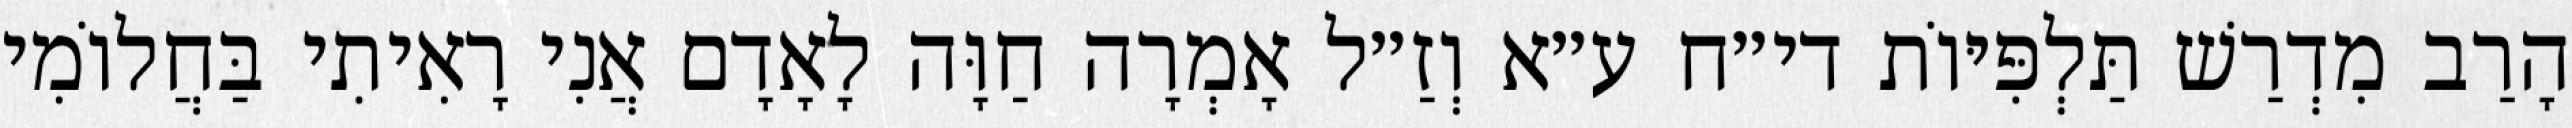
הָרַב מִדְרַשׁ תַּלְפִּיּוֹת די״ח ע״א וְזַ״ל אָמְרָה חַוָּה לָאָדָם אֲנִי רָאִיתִי בַּחֲלוֹמִי